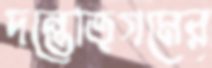
দন্তোত্গমের